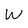
Character: W